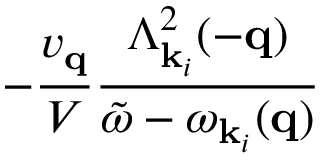
- \frac { v _ { { \bf { q } } } } { V } \frac { \Lambda _ { { \bf { k } } _ { i } } ^ { 2 } ( - { \bf { q } } ) } { { \tilde { \omega } } - \omega _ { { \bf { k } } _ { i } } ( { \bf { q } } ) }